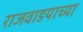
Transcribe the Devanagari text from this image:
राजवाडयाच्या